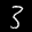
Label: 3